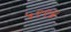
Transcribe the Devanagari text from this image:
५९९४